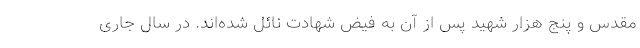
مقدس و پنج هزار شهید پس از آن به فیض شهادت نائل شده‌اند. در سال جاری